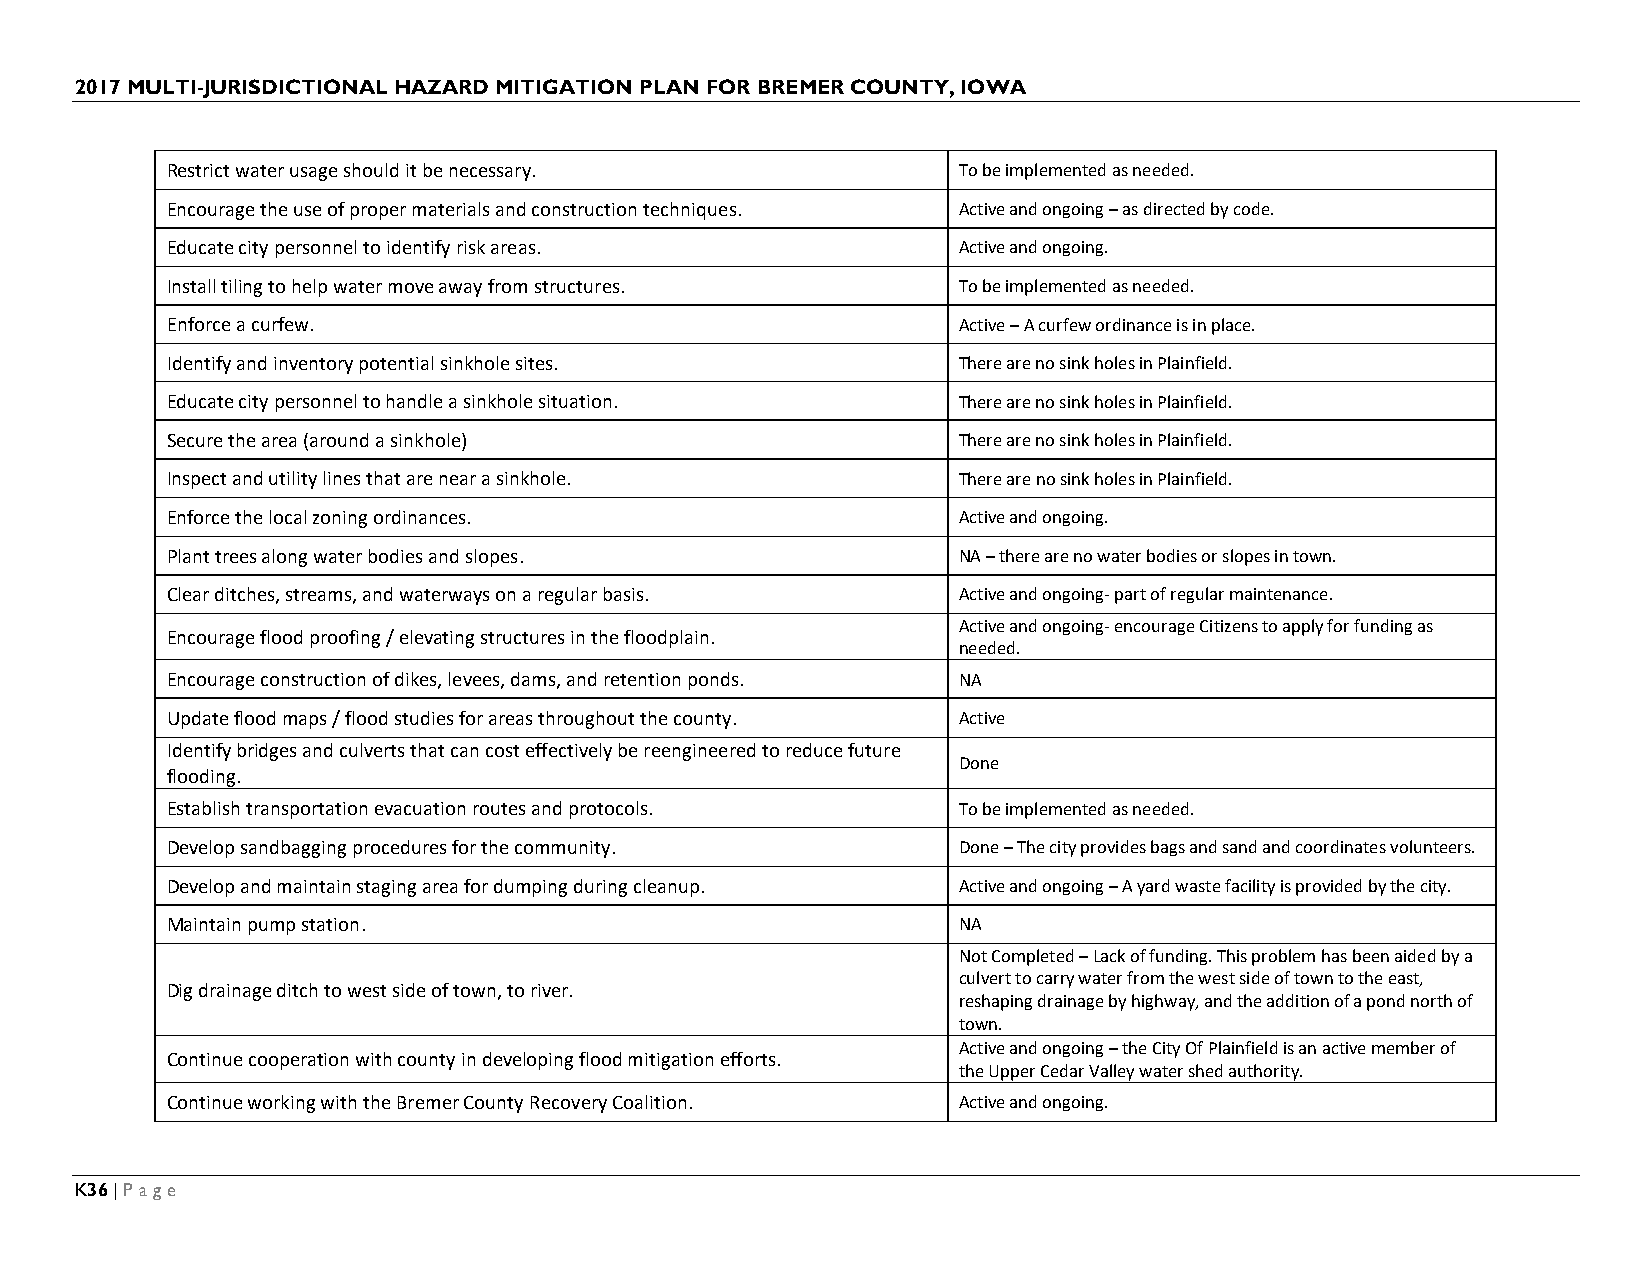
2017 MULTI-JURISDICTIONAL HAZARD MITIGATION PLAN FOR BREMER COUNTY, IOWA
 Restrict water usage should it be necessary.        To be implemented as needed.
 Encourage the use of proper materials and construction techniques. Active and ongoing – as directed by code.
 Educate city personnel to identify risk areas.      Active and ongoing.
 Install tiling to help water move away from structures. To be implemented as needed.
 Enforce a curfew.                                   Active – A curfew ordinance is in place.
 Identify and inventory potential sinkhole sites.    There are no sink holes in Plainfield.
 Educate city personnel to handle a sinkhole situation. There are no sink holes in Plainfield.
 Secure the area (around a sinkhole)                 There are no sink holes in Plainfield.
 Inspect and utility lines that are near a sinkhole. There are no sink holes in Plainfield.
 Enforce the local zoning ordinances.                Active and ongoing.
 Plant trees along water bodies and slopes.          NA – there are no water bodies or slopes in town.
 Clear ditches, streams, and waterways on a regular basis. Active and ongoing- part of regular maintenance.
 Active and ongoing- encourage Citizens to apply for funding as
 Encourage flood proofing / elevating structures in the floodplain.
 needed.
 Encourage construction of dikes, levees, dams, and retention ponds. NA
 Update flood maps / flood studies for areas throughout the county. Active
 Identify bridges and culverts that can cost effectively be reengineered to reduce future
 Done
 flooding.
 Establish transportation evacuation routes and protocols. To be implemented as needed.
 Develop sandbagging procedures for the community.   Done – The city provides bags and sand and coordinates volunteers.
 Develop and maintain staging area for dumping during cleanup. Active and ongoing – A yard waste facility is provided by the city.
 Maintain pump station.                              NA
 Not Completed – Lack of funding. This problem has been aided by a
 culvert to carry water from the west side of town to the east,
 Dig drainage ditch to west side of town, to river.
 reshaping drainage by highway, and the addition of a pond north of
 town.
 Active and ongoing – the City Of Plainfield is an active member of
 Continue cooperation with county in developing flood mitigation efforts.
 the Upper Cedar Valley water shed authority.
 Continue working with the Bremer County Recovery Coalition. Active and ongoing.
 K36 | Page